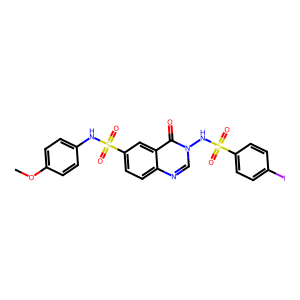
SMILES: COc1ccc(NS(=O)(=O)c2ccc3ncn(NS(=O)(=O)c4ccc(I)cc4)c(=O)c3c2)cc1
Inhibits HIV replication: No